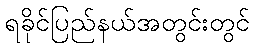
ရခိုင်ပြည်နယ်အတွင်းတွင်